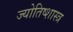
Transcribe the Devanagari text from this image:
ज्योतिष्शास्त्र